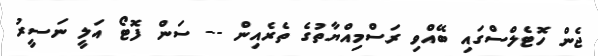
ޖެން ހޮޓެލްސްގައި ބޭއްވި ރަސްމިއްޔާތުގެ ތެރެއިން -- ސަން ފޮޓޯ އަލީ ނަސީރު